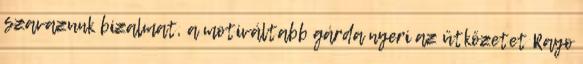
szavazunk bizalmat, a motiváltabb gárda nyeri az ütközetet Rayo